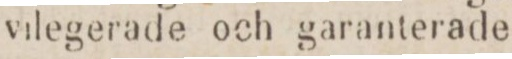
vilegerade och garanterade